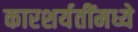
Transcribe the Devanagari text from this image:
कारशर्यतींमध्ये